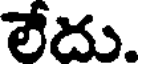
లేదు.